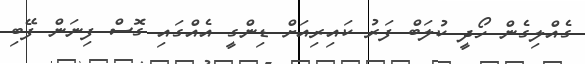
ގެއްލިގެން ހޯދީ ކުލަބް ފަރު ކައިރިއަށް ޑިންގީ އެއްގައި ގޮސް ފިނަން ފޭބި